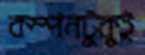
কম্পনটুকুই